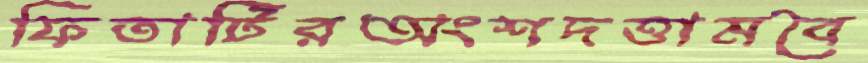
ফিতাটিরঅংশদত্তামবৈ